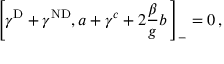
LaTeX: \left[ \gamma ^ { \mathrm { D } } + { \gamma } ^ { \mathrm { N D } } , a + \gamma ^ { c } + 2 \frac { \beta } { g } b \, \right] _ { - } = 0 \, ,